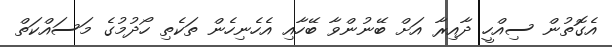
އެގޮތުން ސިއްހީ ދާއިރާ އަށް ބޭނުންވާ ބޭހާއި އެހެނިހެން ތަކެތި ހޯދުމުގެ މަސައްކަތް